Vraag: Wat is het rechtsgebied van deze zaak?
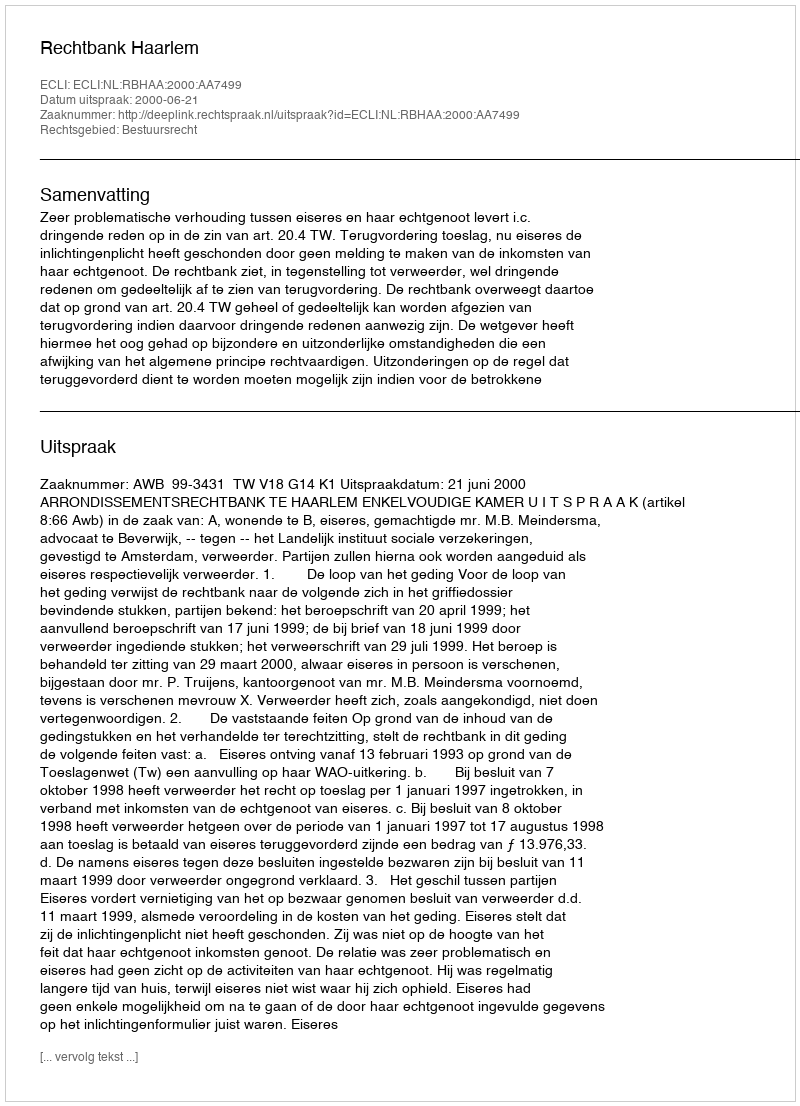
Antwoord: Bestuursrecht